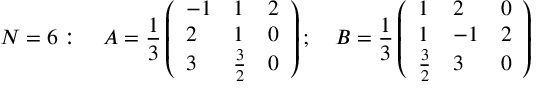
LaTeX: N = 6 : \quad A = { \frac { 1 } { 3 } } \left( \begin{array} { l l l } { { - 1 } } & { { 1 } } & { { 2 } } \\ { { 2 } } & { { 1 } } & { { 0 } } \\ { { 3 } } & { { { \frac { 3 } { 2 } } } } & { { 0 } } \end{array} \right) ; \quad B = { \frac { 1 } { 3 } } \left( \begin{array} { l l l } { { 1 } } & { { 2 } } & { { 0 } } \\ { { 1 } } & { { - 1 } } & { { 2 } } \\ { { { \frac { 3 } { 2 } } } } & { { 3 } } & { { 0 } } \end{array} \right)